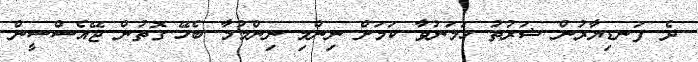
ދެ ފަނޑިޔާރުން ޝަރުތު ހަމަނުވާ ކަމަށް ނިންމި ނިންމުމާ ބެހޭ ގޮތުން ޖޭއެސްސީން